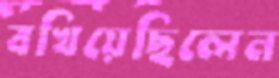
বখিয়েছিলেন